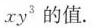
x y ^ { 3 }$$的值